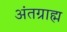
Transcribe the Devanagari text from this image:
अंतग्राह्म